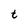
Character: t